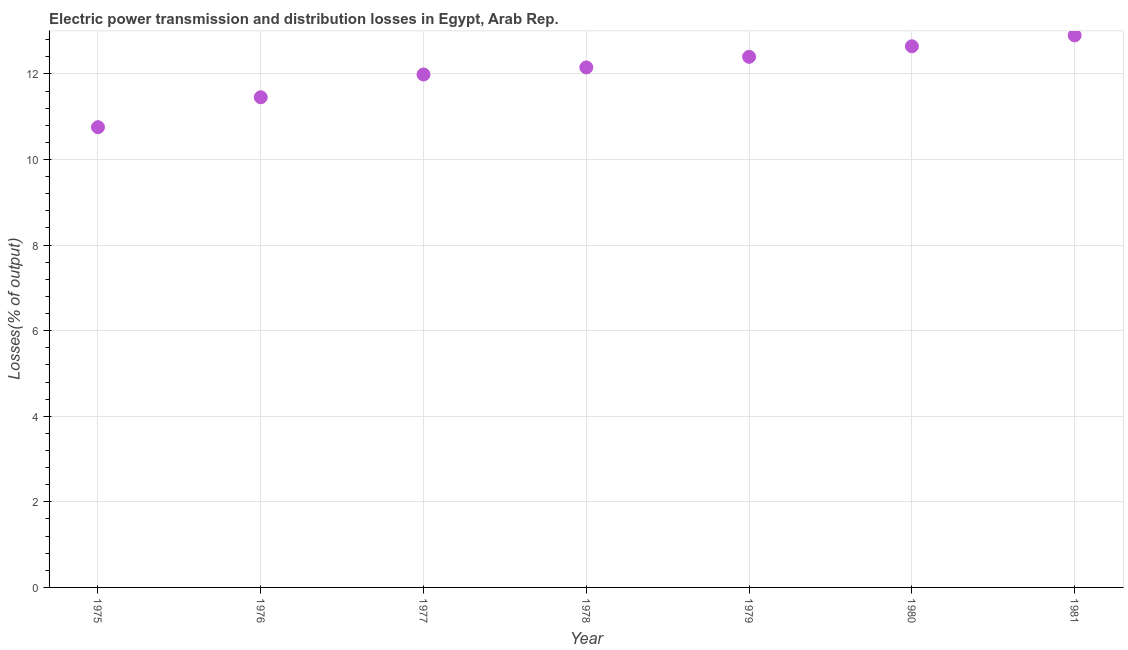
| Year | Electric power transmission and distribution losses |
 | --- | --- |
 | 1975 | 10.8 |
 | 1976 | 11.5 |
 | 1977 | 12 |
 | 1978 | 12.2 |
 | 1979 | 12.4 |
 | 1980 | 12.6 |
 | 1981 | 12.9 |